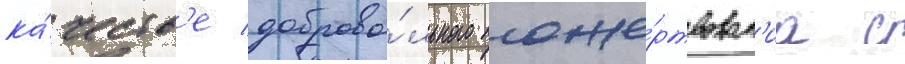
ка́честв'е доброво́льного поже́ртвован'иа с